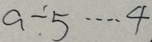
a \div 5 \cdots 4